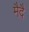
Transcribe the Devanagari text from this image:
मैदै